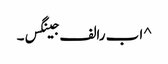
^ ا ب رالف جینگس۔